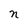
Character: n